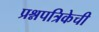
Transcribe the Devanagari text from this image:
प्रश्नपत्रिकेची